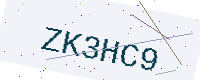
Text: ZK3HC9